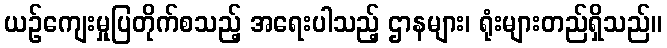
ယဉ်ကျေးမှုပြတိုက်စသည့် အရေးပါသည့် ဌာနများ၊ ရုံးများတည်ရှိသည်။